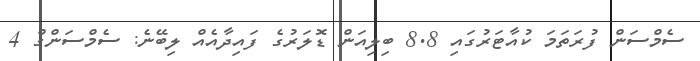
ސެމްސަން ފުރަތަމަ ކުއާޓަރުގައި 8.8 ބިލިއަން ޑޮލަރުގެ ފައިދާއެއް ލިބޭނެ: ސެމްސަންގް 4